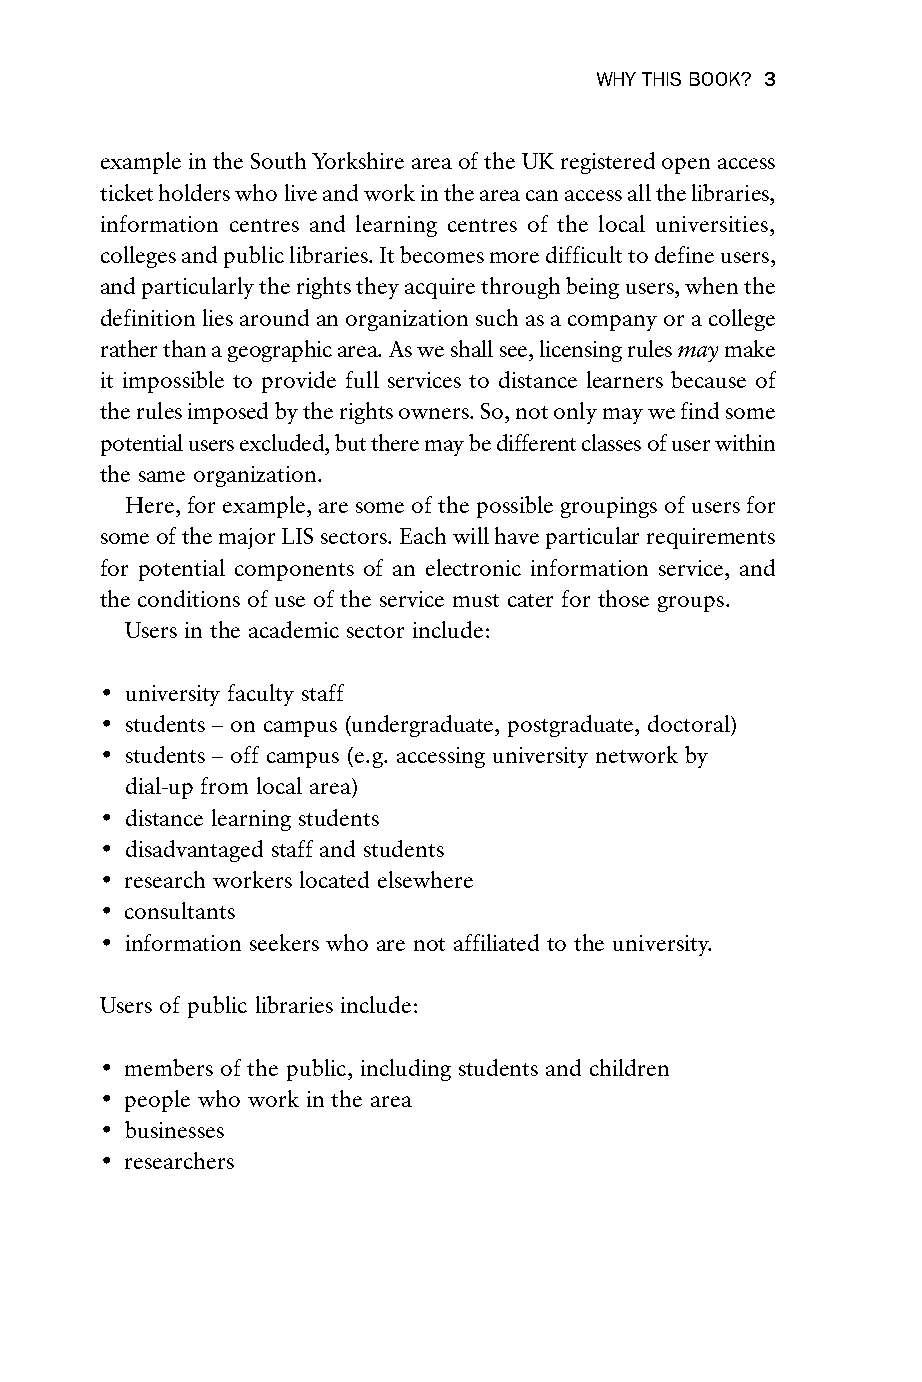
WHY THIS BOOK? 3
 example in the South Yorkshire area of the UK registered open access
 ticket holders who live and work in the area can access all the libraries,
 information centres and learning centres of the local universities,
 colleges and public libraries. It becomes more difficult to define users,
 and particularly the rights they acquire through being users, when the
 definition lies around an organization such as a company or a college
 rather than a geographic area. As we shall see, licensing rules may make
 it impossible to provide full services to distance learners because of
 the rules imposed by the rights owners. So, not only may we find some
 potential users excluded, but there may be different classes of user within
 the same organization.
 Here, for example, are some of the possible groupings of users for
 some of the major LIS sectors. Each will have particular requirements
 for potential components of an electronic information service, and
 the conditions of use of the service must cater for those groups.
 Users in the academic sector include:
 • university faculty staff
 • students – on campus (undergraduate, postgraduate, doctoral)
 • students – off campus (e.g. accessing university network by
 dial-up from local area)
 • distance learning students
 • disadvantaged staff and students
 • research workers located elsewhere
 • consultants
 • information seekers who are not affiliated to the university.
 Users of public libraries include:
 • members of the public, including students and children
 • people who work in the area
 • businesses
 • researchers